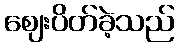
ဈေးပိတ်ခဲ့သည်